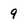
Character: 9